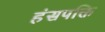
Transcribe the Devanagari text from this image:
हंसपक्ति